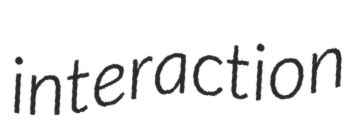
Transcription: interaction